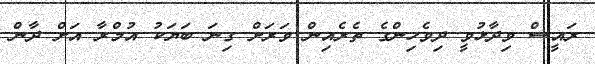
ރައީސް ވިދާޅުވީ ދިވެހިންގެ ތެރެއިން ވަރަށް ގިނަ ބަޔަކު އުމްރާ އަށް ދާން